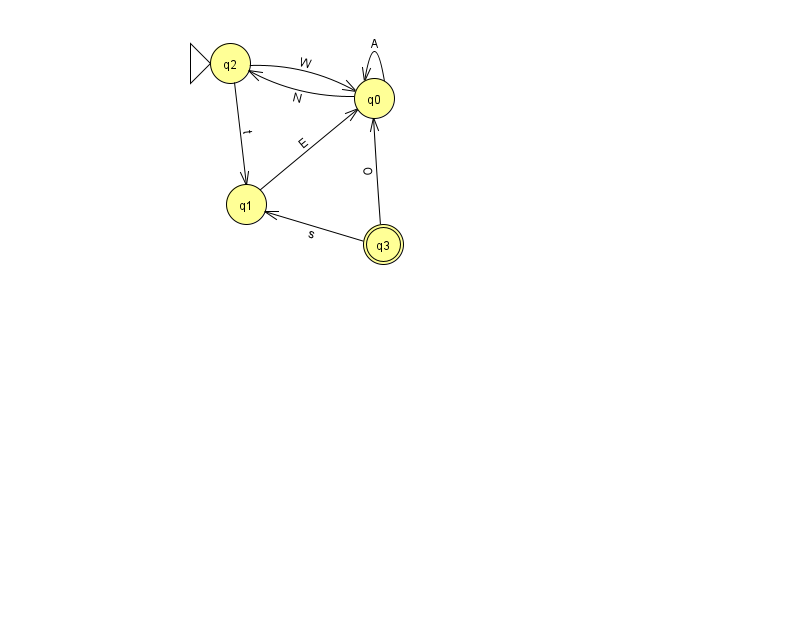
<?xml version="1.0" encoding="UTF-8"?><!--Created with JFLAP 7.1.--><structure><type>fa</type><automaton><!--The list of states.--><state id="0" name="q0"><x>374.0</x><y>85.0</y></state><state id="1" name="q1"><x>246.0</x><y>191.0</y></state><state id="2" name="q2"><x>230.0</x><y>50.0</y><initial/></state><state id="3" name="q3"><x>383.0</x><y>231.0</y><final/></state><!--The list of transitions.--><transition><from>0</from><to>0</to><read>A</read></transition><transition><from>2</from><to>1</to><read>t</read></transition><transition><from>0</from><to>2</to><read>N</read></transition><transition><from>3</from><to>1</to><read>s</read></transition><transition><from>3</from><to>0</to><read>O</read></transition><transition><from>1</from><to>0</to><read>E</read></transition><transition><from>2</from><to>0</to><read>W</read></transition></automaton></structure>